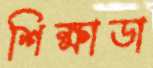
শিক্ষাডা